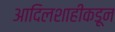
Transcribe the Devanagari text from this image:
आदिलशाहीकडून